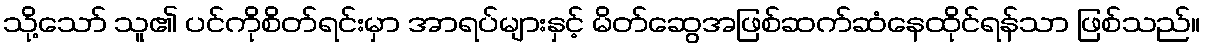
သို့သော် သူ၏ ပင်ကိုစိတ်ရင်းမှာ အာရပ်များနှင့် မိတ်ဆွေအဖြစ်ဆက်ဆံနေထိုင်ရန်သာ ဖြစ်သည်။